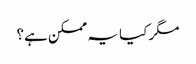
مگر کیا یہ ممکن ہے؟